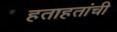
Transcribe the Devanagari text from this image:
हताहतांची